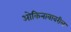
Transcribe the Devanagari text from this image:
ओकिनावावरील